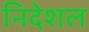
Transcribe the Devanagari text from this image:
निदेशल